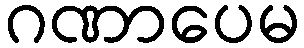
ဂဏာပေမ